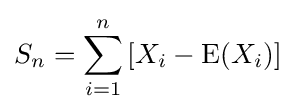
S_{n}=\sum _{i=1}^{n}\left[X_{i}-\operatorname {E} (X_{i})\right]